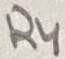
Text: R4